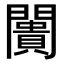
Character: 闠